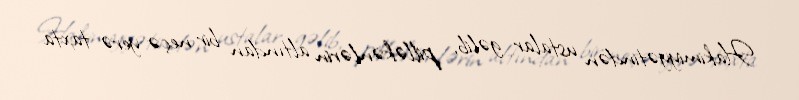
Hakimiyyətindən ustalar gəlib, pilləkənlərin altından bir neçə yerə taxta